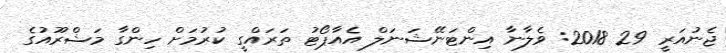
ޖެނުއަރީ 29 2018: ވެލާނާ އިންޓަނޭޝަނަލް އެއާޕޯޓު ތަރައްގީ ކުރުމަށް ހިންގާ މަޝްރޫއުގެ